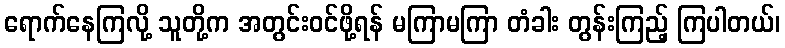
ရောက်နေကြလို့ သူတို့က အတွင်းဝင်ဖို့ရန် မကြာမကြာ တံခါး တွန်းကြည့် ကြပါတယ်၊